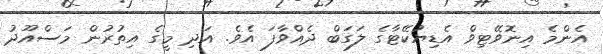
އެންމެ އިނޮވޭޓިވް އެޑިޔުކޭޓާގެ ލަގަބް ދެއްވާފަ އެވެ. އަދި މީގެ އިތުރުން މަސްއޫދު